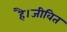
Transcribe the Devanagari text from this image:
है।जीवित